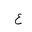
Letter: _ayn